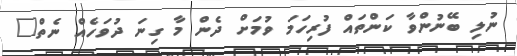
ނުލި ބޭނުންވާ ކަންތައް ފުރިހަމަ ވުމަށް ދެން މާ ގިނަ ދުވަހެއް ނެތް"